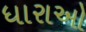
ધારાઓ